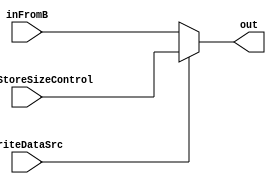
module mux_writeDataMemSrc (
  input wire WriteDataSrc,
  input wire [31:0] inFromB,
  input wire [31:0] inFromStoreSizeControl,
  output wire [31:0] out
);

  assign out = (WriteDataSrc == 0) ? inFromB : inFromStoreSizeControl;

endmodule